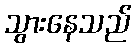
သွားနေသည်